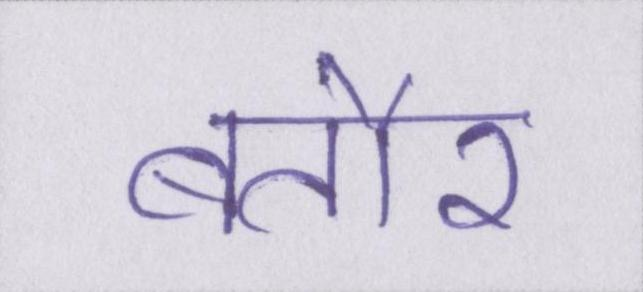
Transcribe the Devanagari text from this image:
बतौर